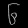
Digit: ၆